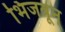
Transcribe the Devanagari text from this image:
भिजवून्